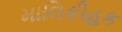
માલિકીહક